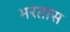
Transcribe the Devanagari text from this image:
भरतास